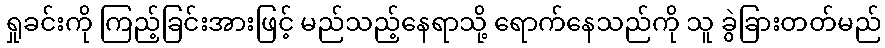
ရှုခင်းကို ကြည့်ခြင်းအားဖြင့် မည်သည့်နေရာသို့ ရောက်နေသည်ကို သူ ခွဲခြားတတ်မည်